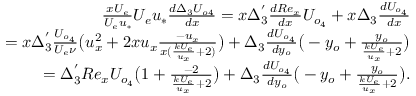
\begin{array} { r } { \frac { x U _ { e } } { U _ { e } u _ { * } } U _ { e } u _ { * } \frac { d \Delta _ { 3 } U _ { o 4 } } { d x } = x \Delta _ { 3 } ^ { ' } \frac { d R e _ { x } } { d x } U _ { o _ { 4 } } + x \Delta _ { 3 } \frac { d U _ { o _ { 4 } } } { d x } } \\ { = x \Delta _ { 3 } ^ { ' } \frac { U _ { o _ { 4 } } } { U _ { e } \nu } \big ( u _ { x } ^ { 2 } + 2 x u _ { x } \frac { - u _ { x } } { x ( \frac { k U _ { e } } { u _ { x } } + 2 ) } \big ) + \Delta _ { 3 } \frac { d U _ { o _ { 4 } } } { d y _ { o } } \big ( - y _ { o } + \frac { y _ { o } } { \frac { k U _ { e } } { u _ { x } } + 2 } \big ) } \\ { = \Delta _ { 3 } ^ { ' } R e _ { x } U _ { o _ { 4 } } \big ( 1 + \frac { - 2 } { \frac { k U _ { e } } { u _ { x } } + 2 } \big ) + \Delta _ { 3 } \frac { d U _ { o _ { 4 } } } { d y _ { o } } \big ( - y _ { o } + \frac { y _ { o } } { \frac { k U _ { e } } { u _ { x } } + 2 } \big ) . } \end{array}